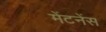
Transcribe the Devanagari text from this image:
मेंटनेंस